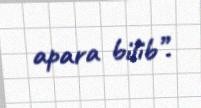
apara bilib”.